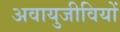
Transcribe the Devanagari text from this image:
अवायुजीवियों